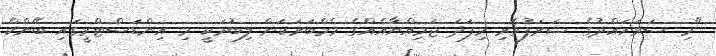
"މި ސަރަހައްދުގެ ޝަރަފުވެރި މިފަދަ ޖަމިއްޔާއެއްގެ މެމްބަރަކަން ލިބުމަކީ މި އިންޑަސްޓްރީގައި ބޭންކް